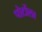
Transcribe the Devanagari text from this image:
पोर्टोला